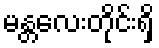
မန္တလေးတိုင်းရှိ